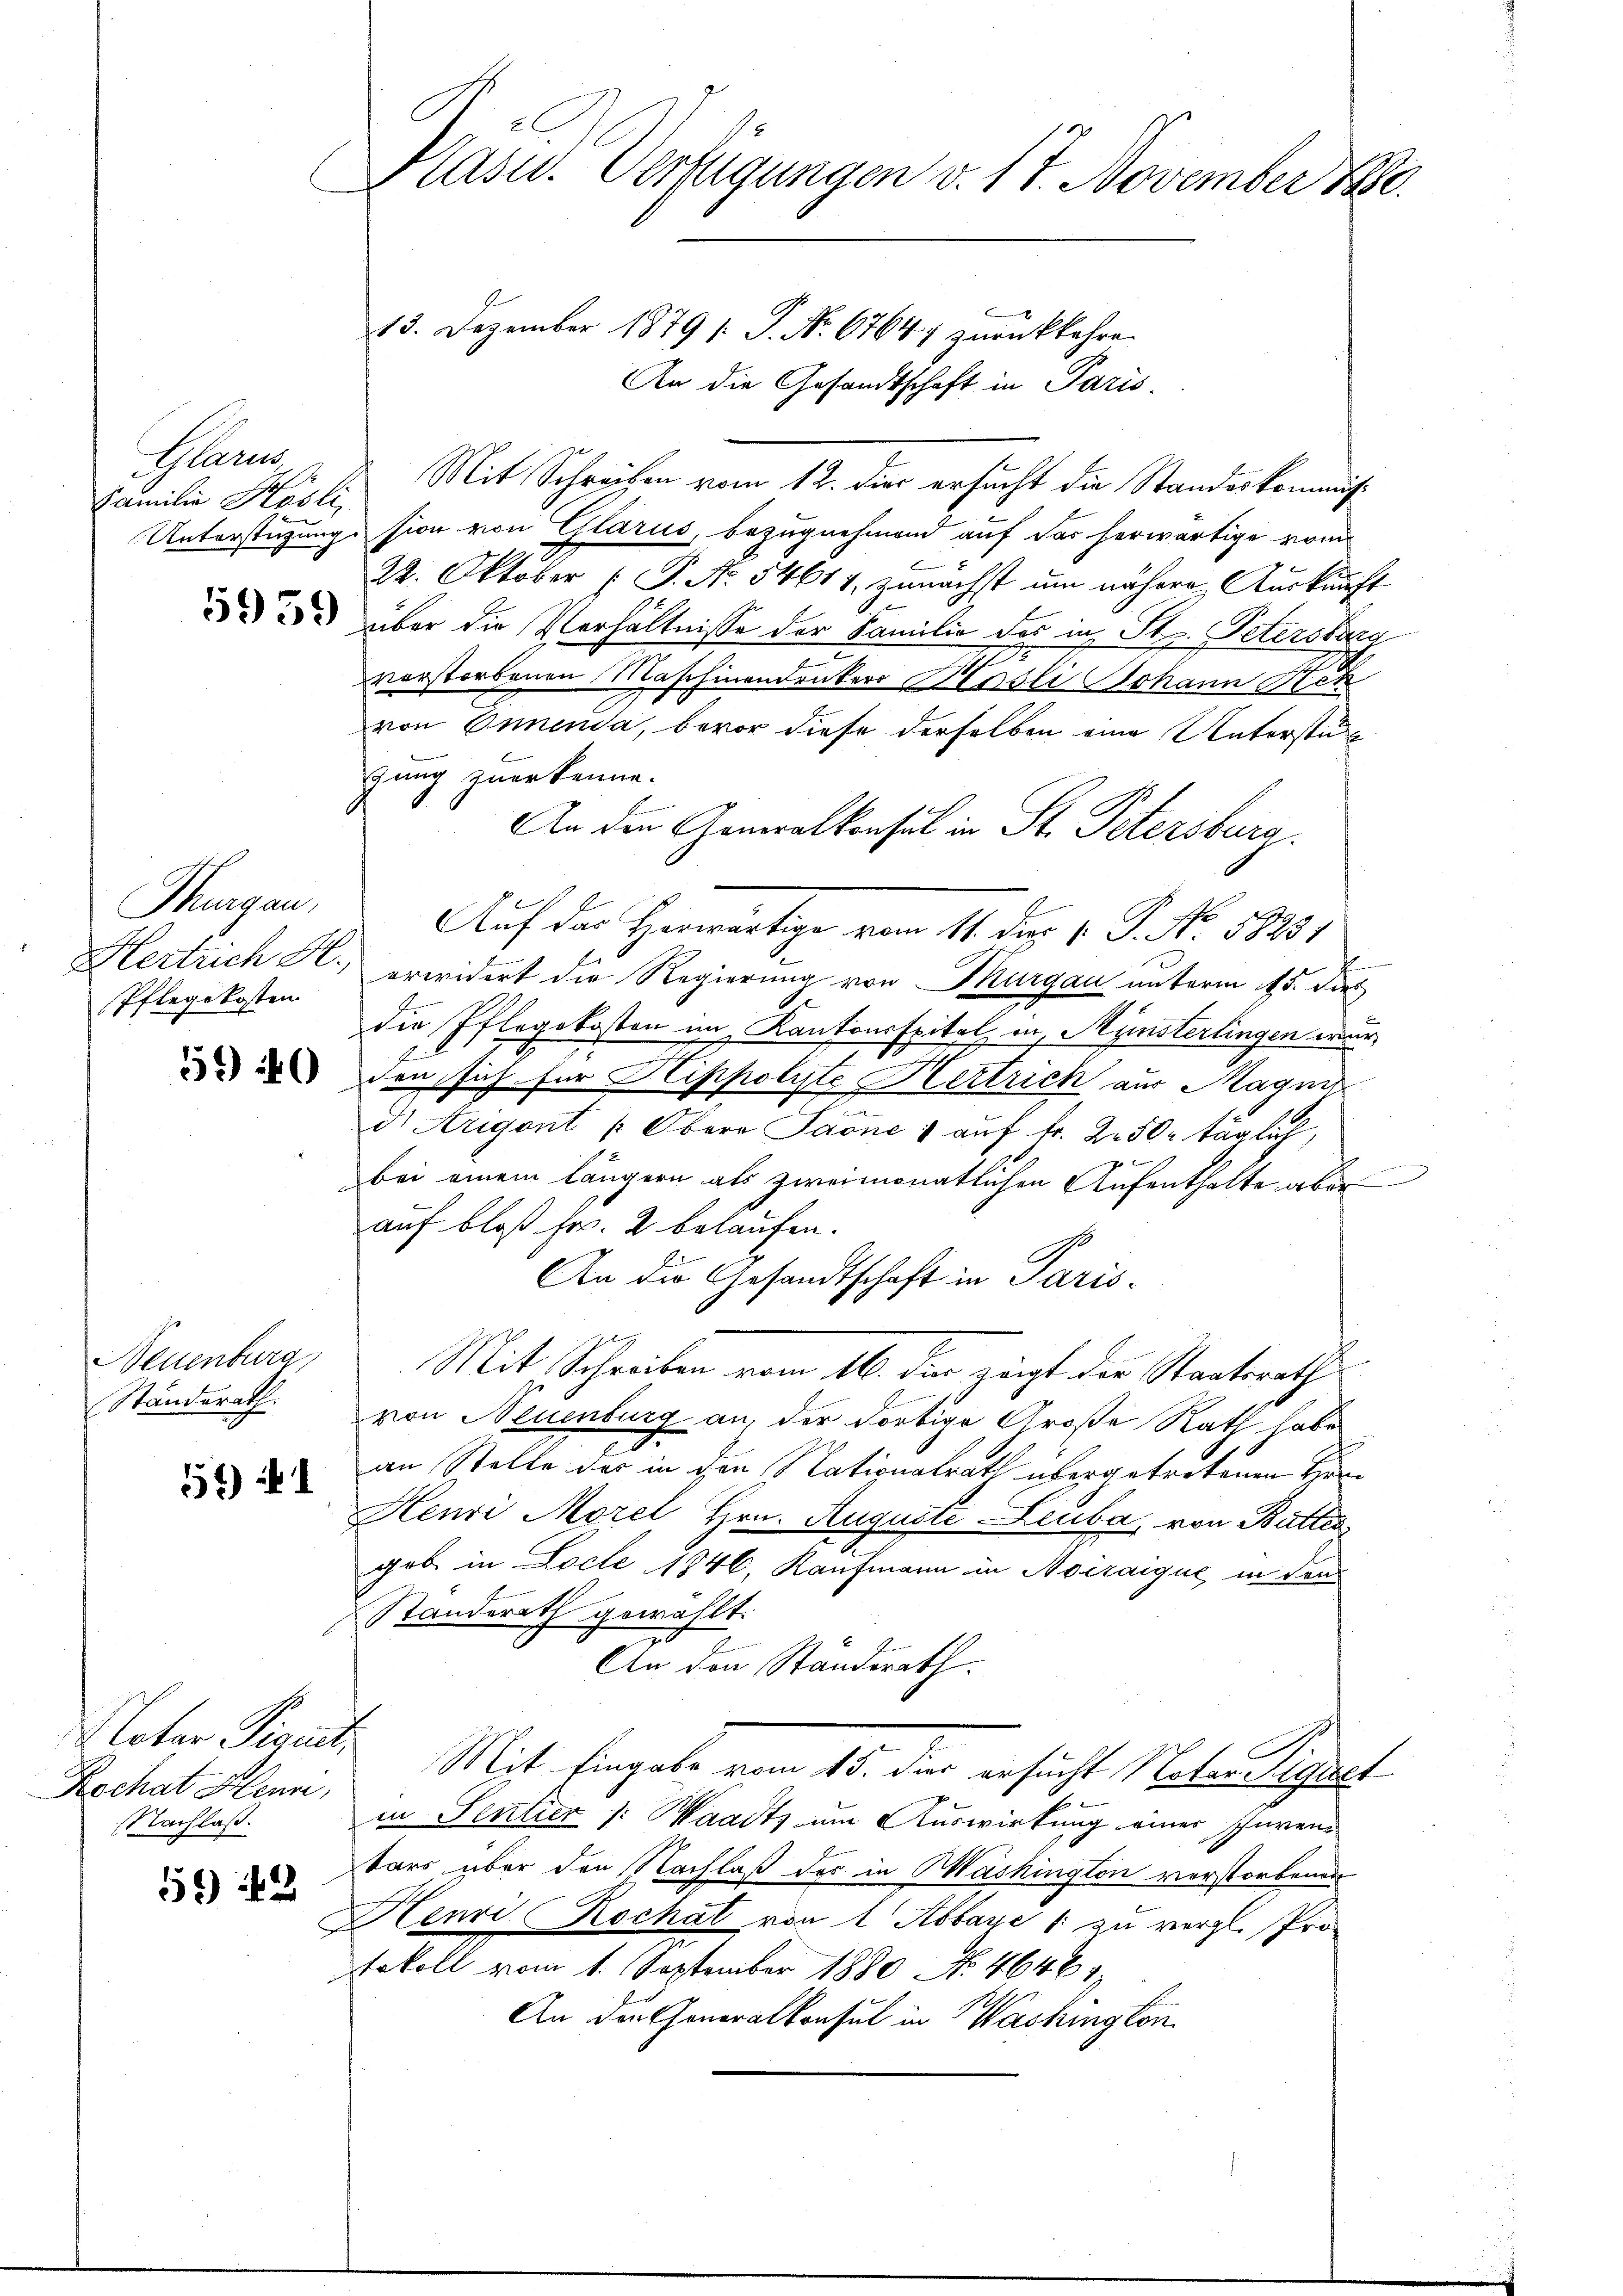
Plan
Familie Kösli

Thurgau,
Hertlich H.,
Pflegekosten

5 40

Neuenburg
Standerath:

151)

Noter Pirmit,
Rochat Klenne,
NNachlaß.

5*) 2

E
Kasu. Verfügungen v. 17. November 1880.

13. Dezember 1879 1. P. Nr. 67647 zurückkehre.
An die Gesandtschaft in Paris.
Mit Schreiben vom 12. die ersucht die Standeskommis¬
Unterstützung sion von Glarus, bezugnehmend auf das herwärtige vom
22. Oktober (T. N. 54611, zunächst um nähere Auskunft
3 über die Verhältnisse der Familie der in St. Peterskara
I
vorstorbenen Maschinendrucker Bessli Johann Sch
von Innenda, bevor diese derselben eine Unterstü
gung zuerkenne.
An die Generalkonsul in St. Petersburad
Auf der Herwärtige vom 14. des C. P. No. 1823.

erwidert die Regierung von Thurgau unterm 15. dies
die Pflegekosten im Kantonsspital in Münsterlingen war,
.
den sich für Hippolste Hertrich aus Magni
d Arigent u Obern Jaone & auf fr. 250 täglich,
bei einem längern als zweimonatlichen Aufenthalte aber
auf bloß Fr. 2 belaufen.
An die Gesandtschaft in Paris
Mit Schreiben vom 16. die zügt der Staatsraths
von Neuenburg an, der dortige Große Rath habe
an Stelle der in den Nationalrath übergetretenen Her¬
Henri Morel Hrn. Auguste Leuba, von Butter
geb in Locle 1846, Kaufmann in Noiraique, in den
Standerath gewählt.
An den Standerath.
Mit Eingabe vom 15. der ersucht, Nater Sigel
in Sentier /: Waadt, um Auswirkung einer schürentars über den Nachlaß der in Washington verstorbenen
Henri Rochat von 1 Abbaye 1 zu vergl. Protokoll vom 1. September 1880 No. 46461
An den Generalkonsul in Washington